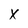
Character: X